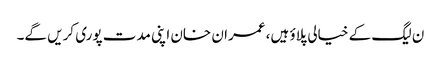
ن لیگ کے خیالی پلاؤ ہیں، عمران خان اپنی مدت پوری کریں گے۔